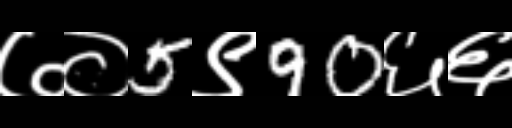
Text: ७०5९90६६